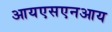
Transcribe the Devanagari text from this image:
आयएसएनआय